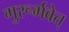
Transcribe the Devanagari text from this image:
गुरूर्भवेत्